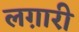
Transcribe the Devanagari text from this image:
लग़ारी